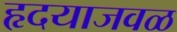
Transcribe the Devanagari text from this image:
हृदयाजवळ